Tezpur Lunatic Asylum reports 1895-1904 - 1895-1904
Year: 1895
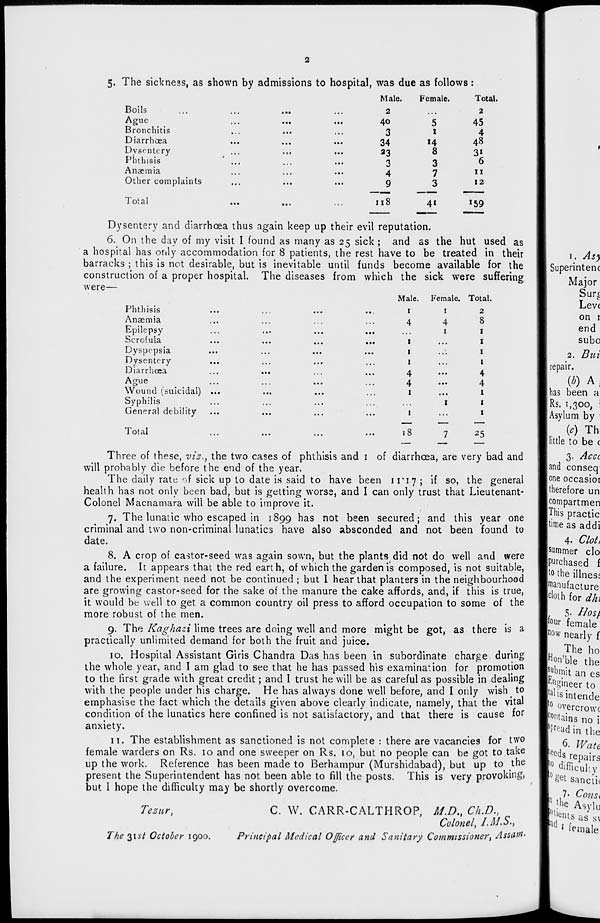
Male.
Female.
Total.
2
.. •
2
40
5
45
3
1
4
34
14
48
33
8
3i
3
3
6
4
7
11
9
3
12
118
4'
! 59
5. The sickness, as shown by admissions to hospital, was due as follows:
Boils
Ague
Bronchitis
Diarrhoea
Dysentery
Phthiais
Anaemia
Other complaints
Total
Dysentery and diarrhoea thus again keep up their evil reputation.
6. On the day of my visit I found as many as 25 sick ; and as the hut used as
a hospital has only accommodation for 8 patients, the rest have to be treated in their
barracks ; this is not desirable, but is inevitable until funds become available for the
construction of a proper hospital. The diseases from which the sick were suffering
were—
Phthisis
Anaemia
Epilepsy
ocroiuLct
MI
•••
1 # «
• • •
Dyspepsia
Dysentery
Diarrhoea
Ague
Wound (suicidal) ...
Syphilis
General debility
Male. Female. Total
1
1
2
4
4
8
1
1
1
...
1
1
1
1
1
4
...
4
4
...
4
1
...
1
1
1
1
1
Total
18
25
Three of these, vis., the two cases of phthisis and 1 of diarrhoea, are very bad and
will probably die before the end of the year.
The daily rate of sick up to date is said to have been 11*17 ; if so, the general
health has not only been bad, but is getting worse, and I can only trust that Lieutenant-
Colonel Macnamara will be able to improve it.
7. The lunatic who escaped in 1899 has not been secured; and this year one
criminal and two non-criminal lunatics have also absconded and not been found to
date.
8. A crop of cantor-seed was again sown, but the plants did not do well and were
a failure. It appears that the red earth, of which the garden is composed, is not suitable,
and the experiment need not be continued ; but I hear that planters in the neighbourhood
are growing castor-seed for the sake of the manure the cake affords, and, if this is true,
it would be well to get a common country oil press to afford occupation to some of the
more robust of the men.
9. The Kaghazi lime trees are doing well and more might be got, as there is a
practically unlimited demand for both the fruit and juice.
10. Hospital Assistant Giris Chandra Das has been in subordinate charge during
the whole year, and I am glad to see that he has passed his examination for promotion
to the first grade with great credit; and I trust he will be as careful as possible in dealing
with the people under his charge. He has always done well before, and I only wish^ to
emphasise the fact which the details given above clearly indicate, namely, that the vital
condition of the lunatics here confined is not satisfactory, and that there is cause for
anxiety.
11. The establishment as sanctioned is not complete : there are vacancies for two
female warders on Rs. 10 and one sweeper on Rs. 10, but no people can be got to take
up the work. Reference has been made to Berhampur (Murshidabad), but up to the
present the Superintendent has not been able to fill the posts. This is very provoking,
but I hope the difficulty may be shortly overcome.
Te*ur t
C. W. CARR-CALTHROP, M.D., Ch.D.,
Colonel, I.M.S.,
The $\st October 1900.
Principal Medical Officer and Sanitary Commissioner^ Assaffl>